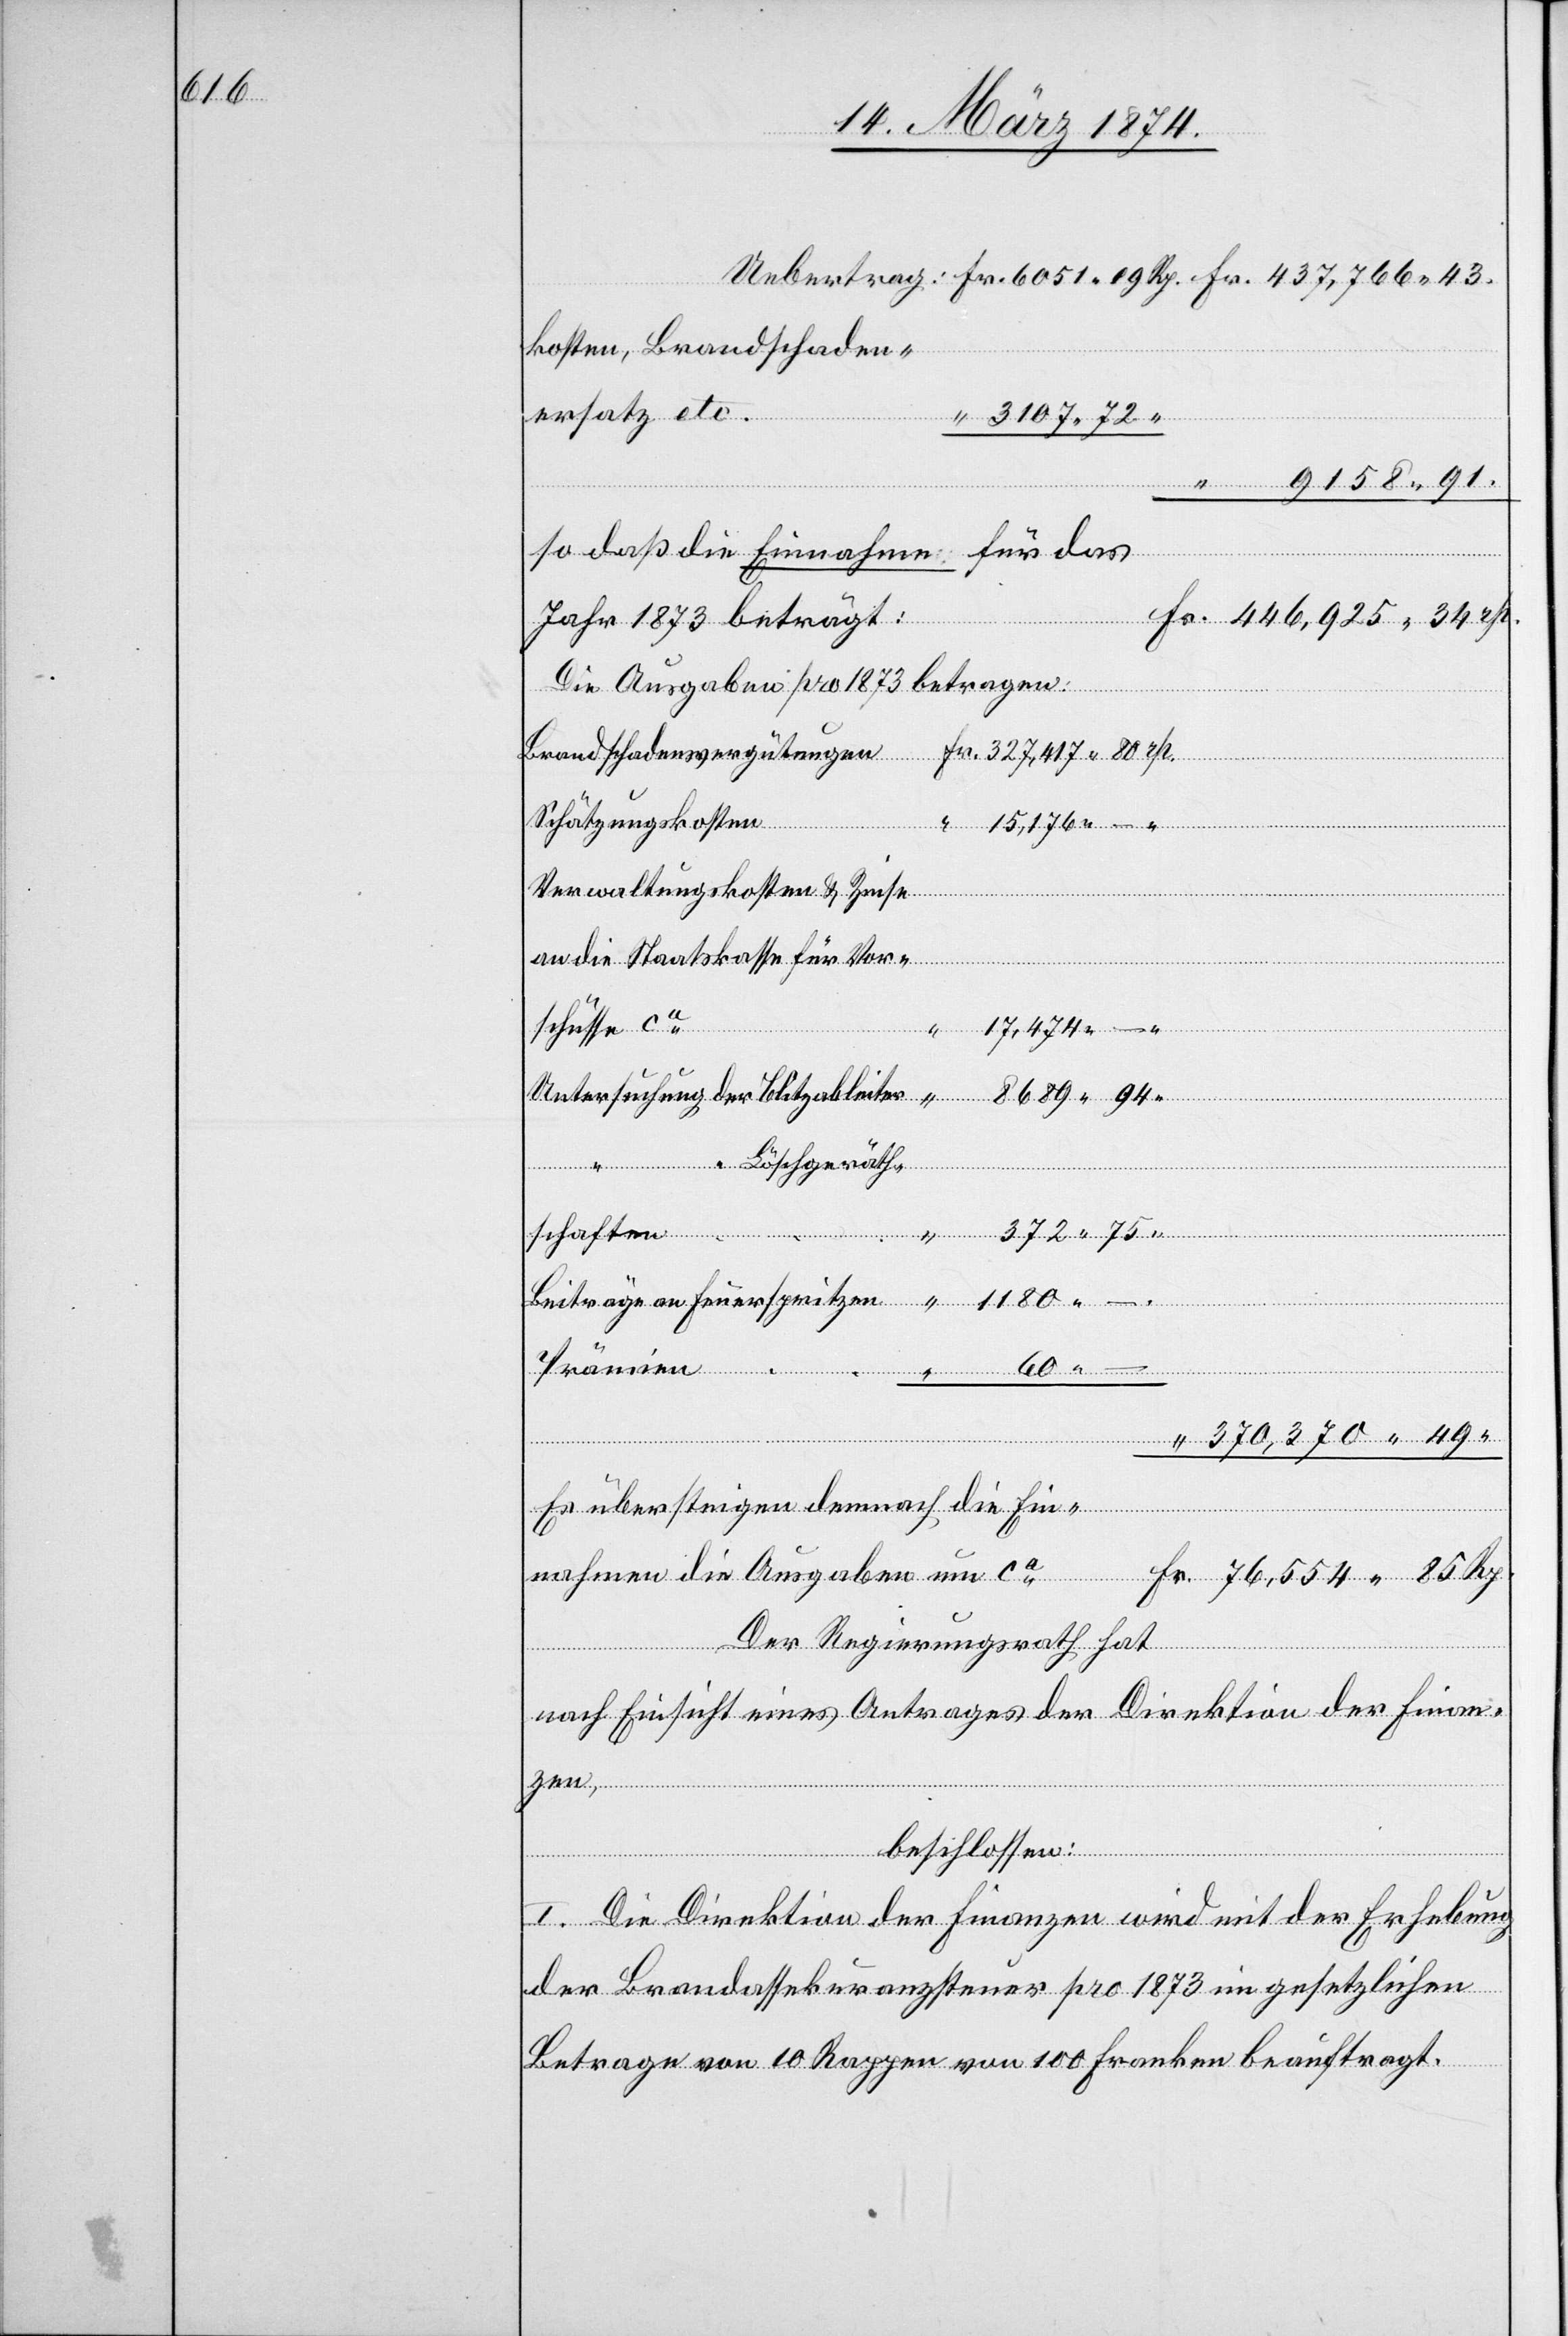
kosten, Brandschaden¬
ersatz etc.
“ 3107.72 “
9158.91.
so daß die Einnahme für das
Jahr 1873 beträgt:
Die Ausgaben pro 1873 betragen:
Fr.
Schätzungskosten
15,176. –
Verwaltungskosten u. Zinse
an die Staatskasse für Vor¬
17,474.–
schüsse ca
der
“ “ Löschgeräth¬
zen,
suchung
schaften
Uebertrag:
Beiträge an Feuerspritzen
Prämien
Es übersteigen demnach die Ein¬
nahmen die Ausgaben um c¬
a		Fr. 76,554.85 Rp.
Der Regierungsrath hat
nach Einsicht eines Antrages der Direktion der Finan¬
beschlossen:
I. Die Direktion der Finanzen wird mit der Erhebung
der Brandassekuranzsteuer pro 1873 im gesetzlichen
Betrage von 10 Rappen von 100 Franken beauftragt.